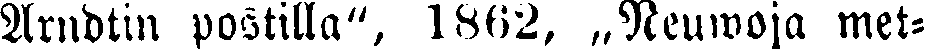
Arndtin postilla", 1862, „Neuwoja met-